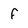
Character: f